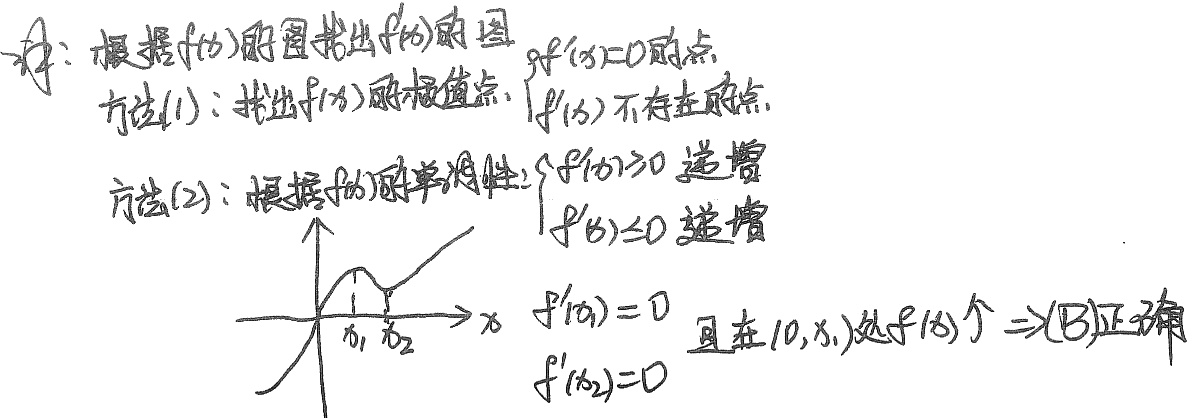
解：根据\(f(x)\)的图找出\(f'(x)\)的图。
方法(1)：找出\(f(x)\)的极值点，\(\begin{cases}f'(x)=0\text{ 的点}\\f'(x)\text{ 不存在的点}\end{cases}\)
方法(2)：根据\(f(x)\)的单调性：\(\begin{cases}f'(x)>0\text{，递增}\\f'(x)\leq0\text{，递减}\end{cases}\)
\(x_1,x_2\)，\(\begin{cases}f'(x_1)=0\\f'(x_2)=0\end{cases}\)且在\((0,x_1)\)处\(f(x)\)递增\(\Rightarrow\text{(B)正确}\)